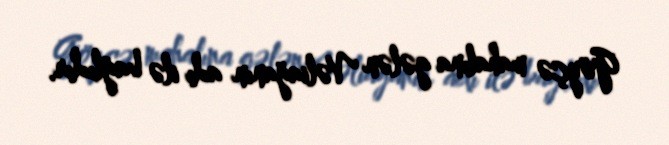
Göyçə mahalına gələn Vəliağanın adı ilə bağlıdır.